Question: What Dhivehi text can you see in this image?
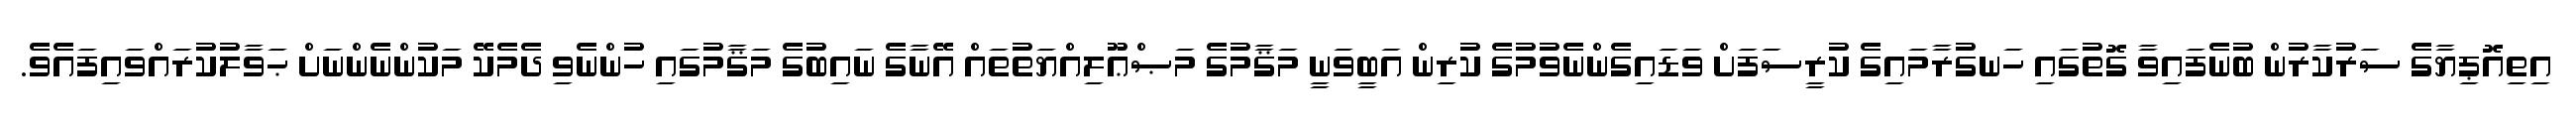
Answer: އިތިއޮޕިޔާގެ ސަރުކާރުން ބުނެފައިވާ ގޮތުގައި ހަނގުރާމައިގެ ކުރީސަފަށް ވަޑައިގެންނެވުމުގެ ކުރިން އަބީވަނީ މަޤާމުގެ މަޞްޢޫލިއްޔަތުތައް އޭނާގެ ނައިބުގެ މަޤާމުގައި ހުންނެވި ދެމެކޭ މަކުންނެންނަށް ޙަވާލުކުރައްވައިފައެވެ.